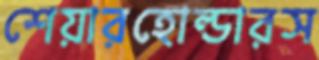
শেয়ারহোল্ডারস